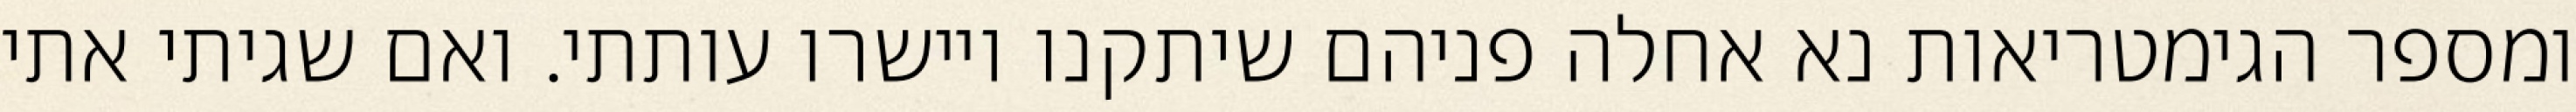
ומספר הגימטריאות נא אחלה פניהם שיתקנו ויישרו עותתי. ואם שגיתי אתי